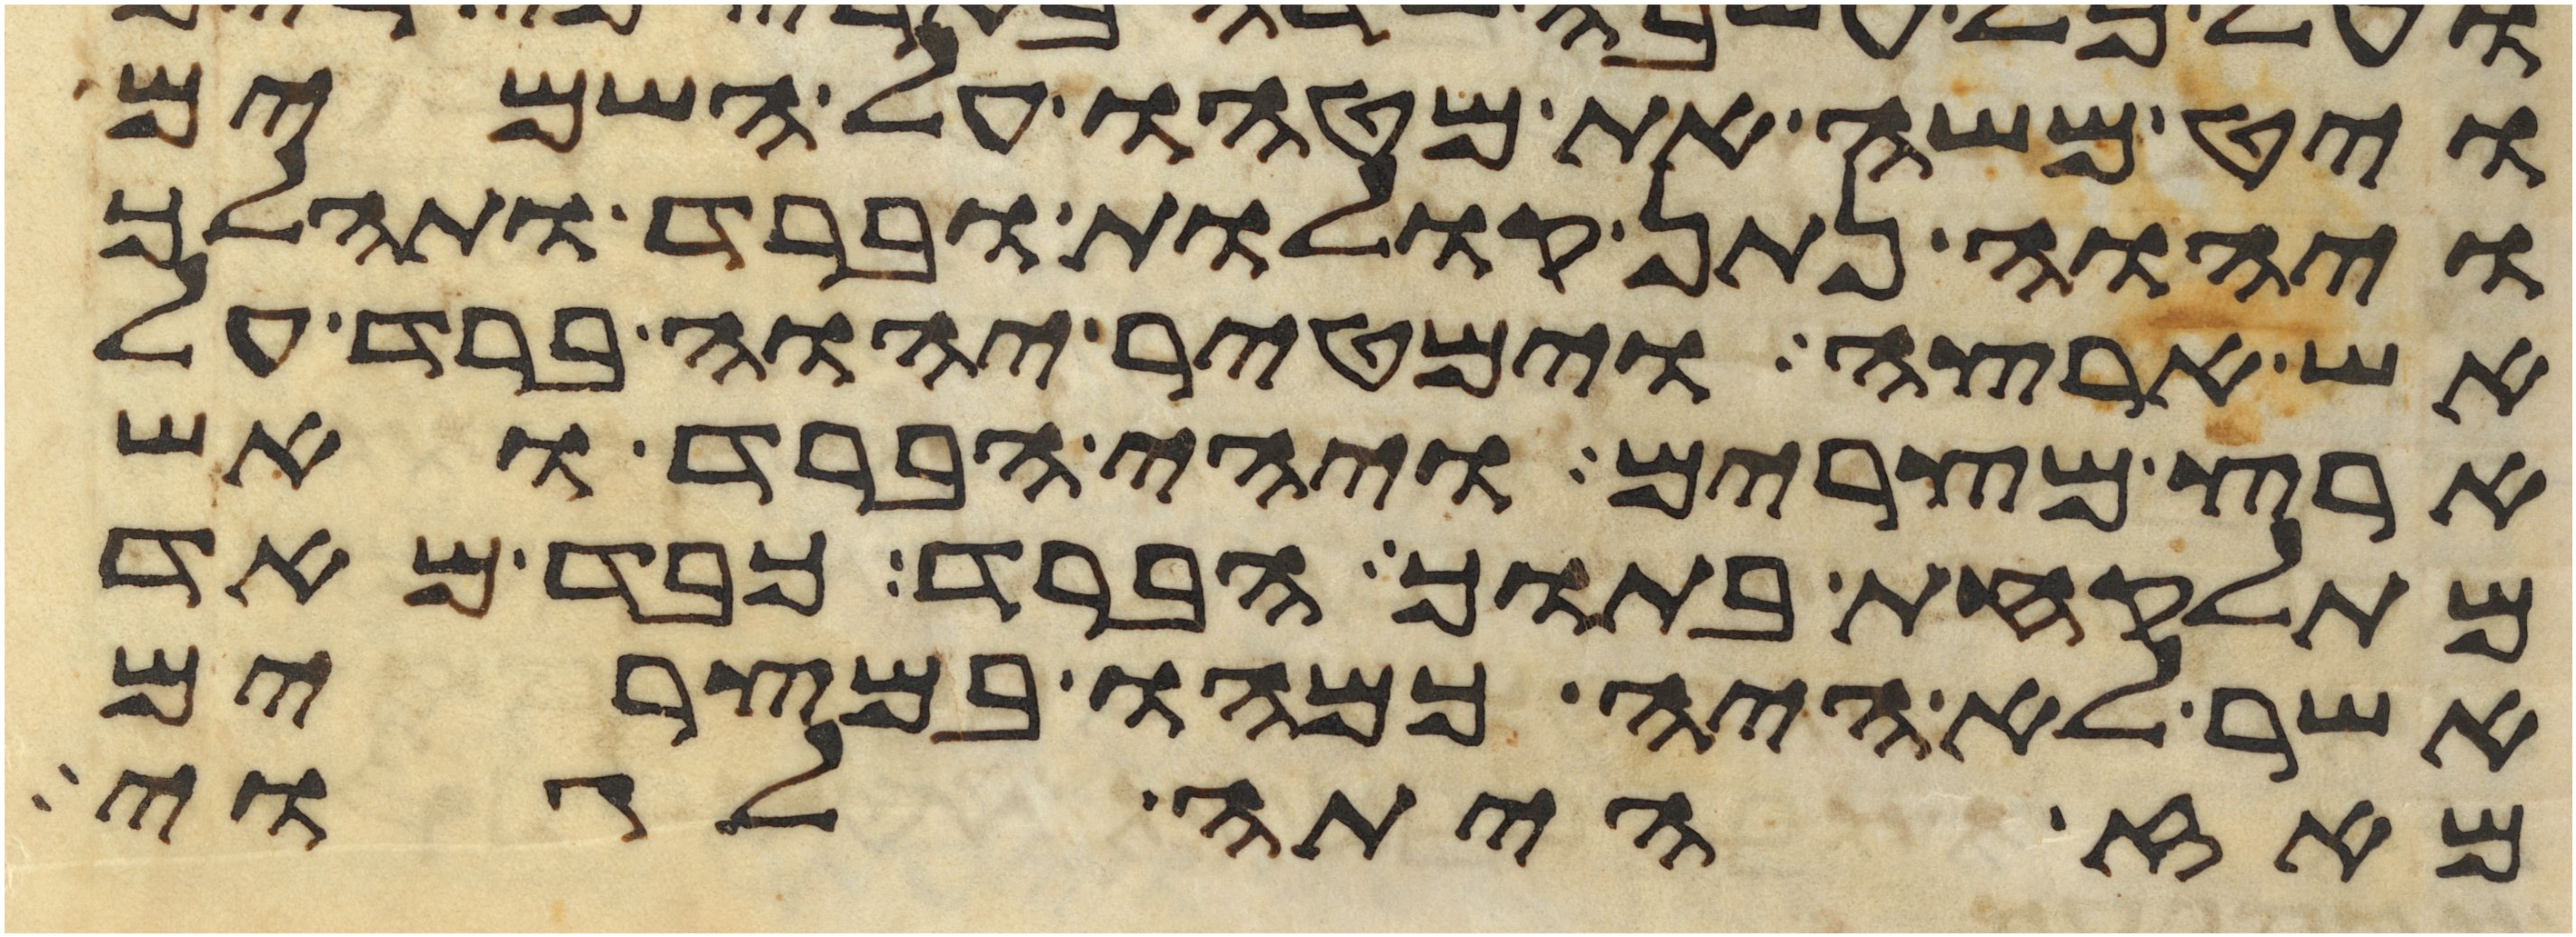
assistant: ויט משה את מטהו על השמים
ויהוה נתן קולות וברד ותהלך
אש ארצה וימטיר יהוה ברד על
ארץ מצרים ויהי הברד ואש
מתלקחת בתוך הברד כבד מאד
אשר לא היה כמהו במצרים
מאז היתה לגוי